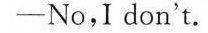
-No, I don't.